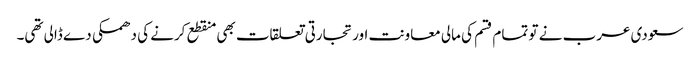
سعودی عرب نے تو تمام قسم کی مالی معاونت اور تجارتی تعلقات بھی منقطع کرنے کی دھمکی دے ڈالی تھی۔